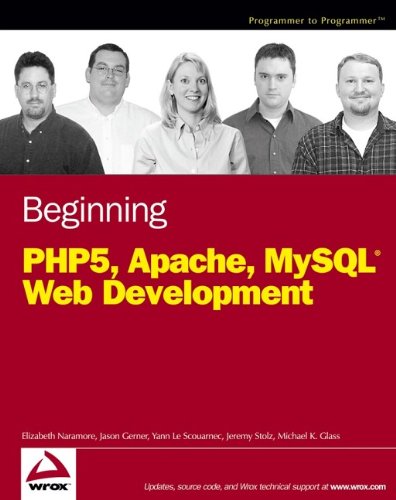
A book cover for Beginning PHP5, Apache, and MySQL Web Development; Elizabeth Naramore; Computers & Technology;